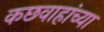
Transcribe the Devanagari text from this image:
कछवाहांच्या